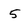
Character: 5